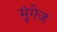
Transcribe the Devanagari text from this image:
मुंगेज